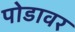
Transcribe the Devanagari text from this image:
पोडावर